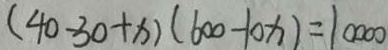
( 4 0 - 3 0 + x ) ( 6 0 0 - 1 0 x ) = 1 0 0 0 0